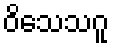
ဝိသေသဂူ